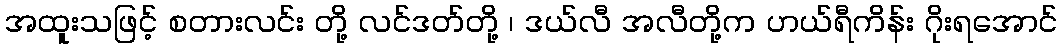
အထူးသဖြင့် စတားလင်း တို့ လင်ဒတ်တို့ ၊ ဒယ်လီ အလီတို့က ဟယ်ရီကိန်း ဂိုးရအောင်